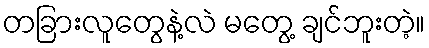
တခြားလူတွေနဲ့လဲ မတွေ့ ချင်ဘူးတဲ့။